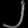
Digit: ၂